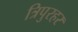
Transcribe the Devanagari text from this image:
त्रिपुरहर